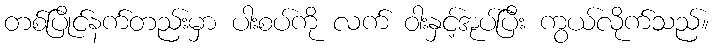
တစ်ပြိုင်နက်တည်းမှာ ပါးစပ်ကို လက် ဝါးနှင့်အုပ်ပြီး ကွယ်လိုက်သည်။